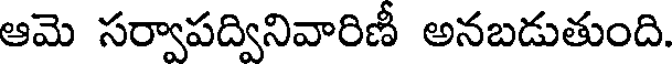
ఆమె సర్వాపద్వినివారిణీ అనబడుతుంది.